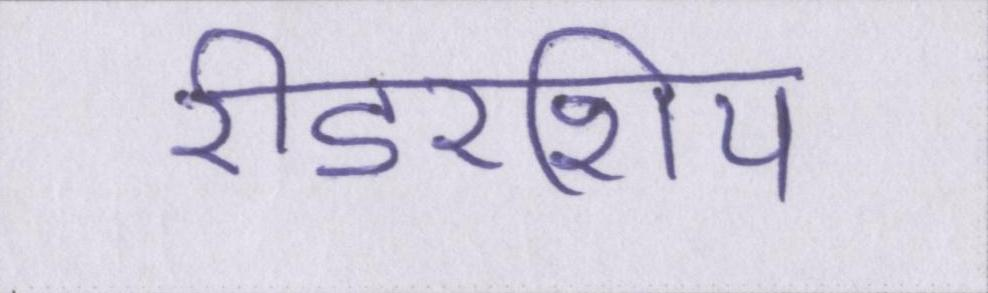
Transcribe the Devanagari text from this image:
रीडरशिप